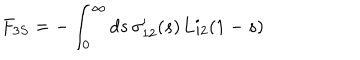
LaTeX: F _ { 3 S } = - \int _ { 0 } ^ { \infty } d s \, \sigma _ { 1 2 } ^ { \prime } ( s ) \, \mathrm { L i } _ { 2 } ( 1 - s )